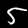
Label: 5